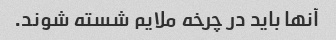
آنها باید در چرخه ملایم شسته شوند.